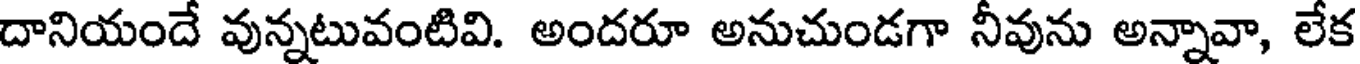
దానియందే వున్నటువంటివి. అందరూ అనుచుండగా నీవును అన్నావా, లేక